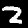
Label: 2